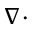
\nabla \cdot